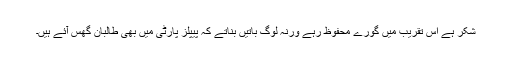
شکر ہے اس تقریب میں گورے محفوظ رہے ورنہ لوگ باتیں بناتے کہ پیپلز پارٹی میں بھی طالبان گھس آئے ہیں۔